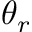
\theta _ { r }